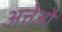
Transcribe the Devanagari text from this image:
अत्तेऔ